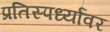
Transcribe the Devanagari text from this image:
प्रतिस्पर्ध्यांवर